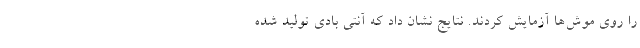
را روی موش‌ها آزمایش کردند. نتایج نشان داد که آنتی بادی تولید شده